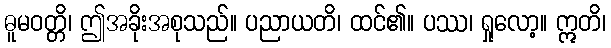
ဓူမဝတ္တိ၊ ဤအခိုးအစုသည်။ ပညာယတိ၊ ထင်၏။ ပဿ၊ ရှုလော့။ ဣတိ၊